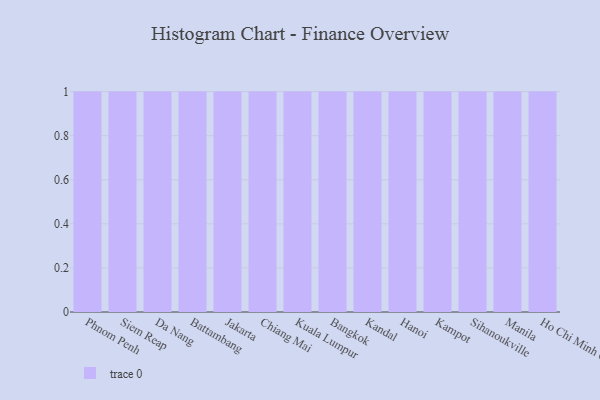
{"axis": {"x": "City", "y": "Market Share (%)"}, "legend": [""], "data": [{"x": "Phnom Penh", "y": 22, "type": ""}, {"x": "Siem Reap", "y": 55, "type": ""}, {"x": "Da Nang", "y": 7, "type": ""}, {"x": "Battambang", "y": 67, "type": ""}, {"x": "Jakarta", "y": 10, "type": ""}, {"x": "Chiang Mai", "y": 50, "type": ""}, {"x": "Kuala Lumpur", "y": 36, "type": ""}, {"x": "Bangkok", "y": 100, "type": ""}, {"x": "Kandal", "y": 98, "type": ""}, {"x": "Hanoi", "y": 62, "type": ""}, {"x": "Kampot", "y": 29, "type": ""}, {"x": "Sihanoukville", "y": 77, "type": ""}, {"x": "Manila", "y": 35, "type": ""}, {"x": "Ho Chi Minh City", "y": 15, "type": ""}]}